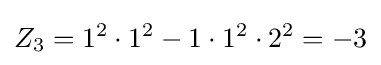
Z_{3}=1^{2}\cdot 1^{2}-1\cdot 1^{2}\cdot 2^{2}=-3